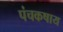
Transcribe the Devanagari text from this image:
पंचकषाय